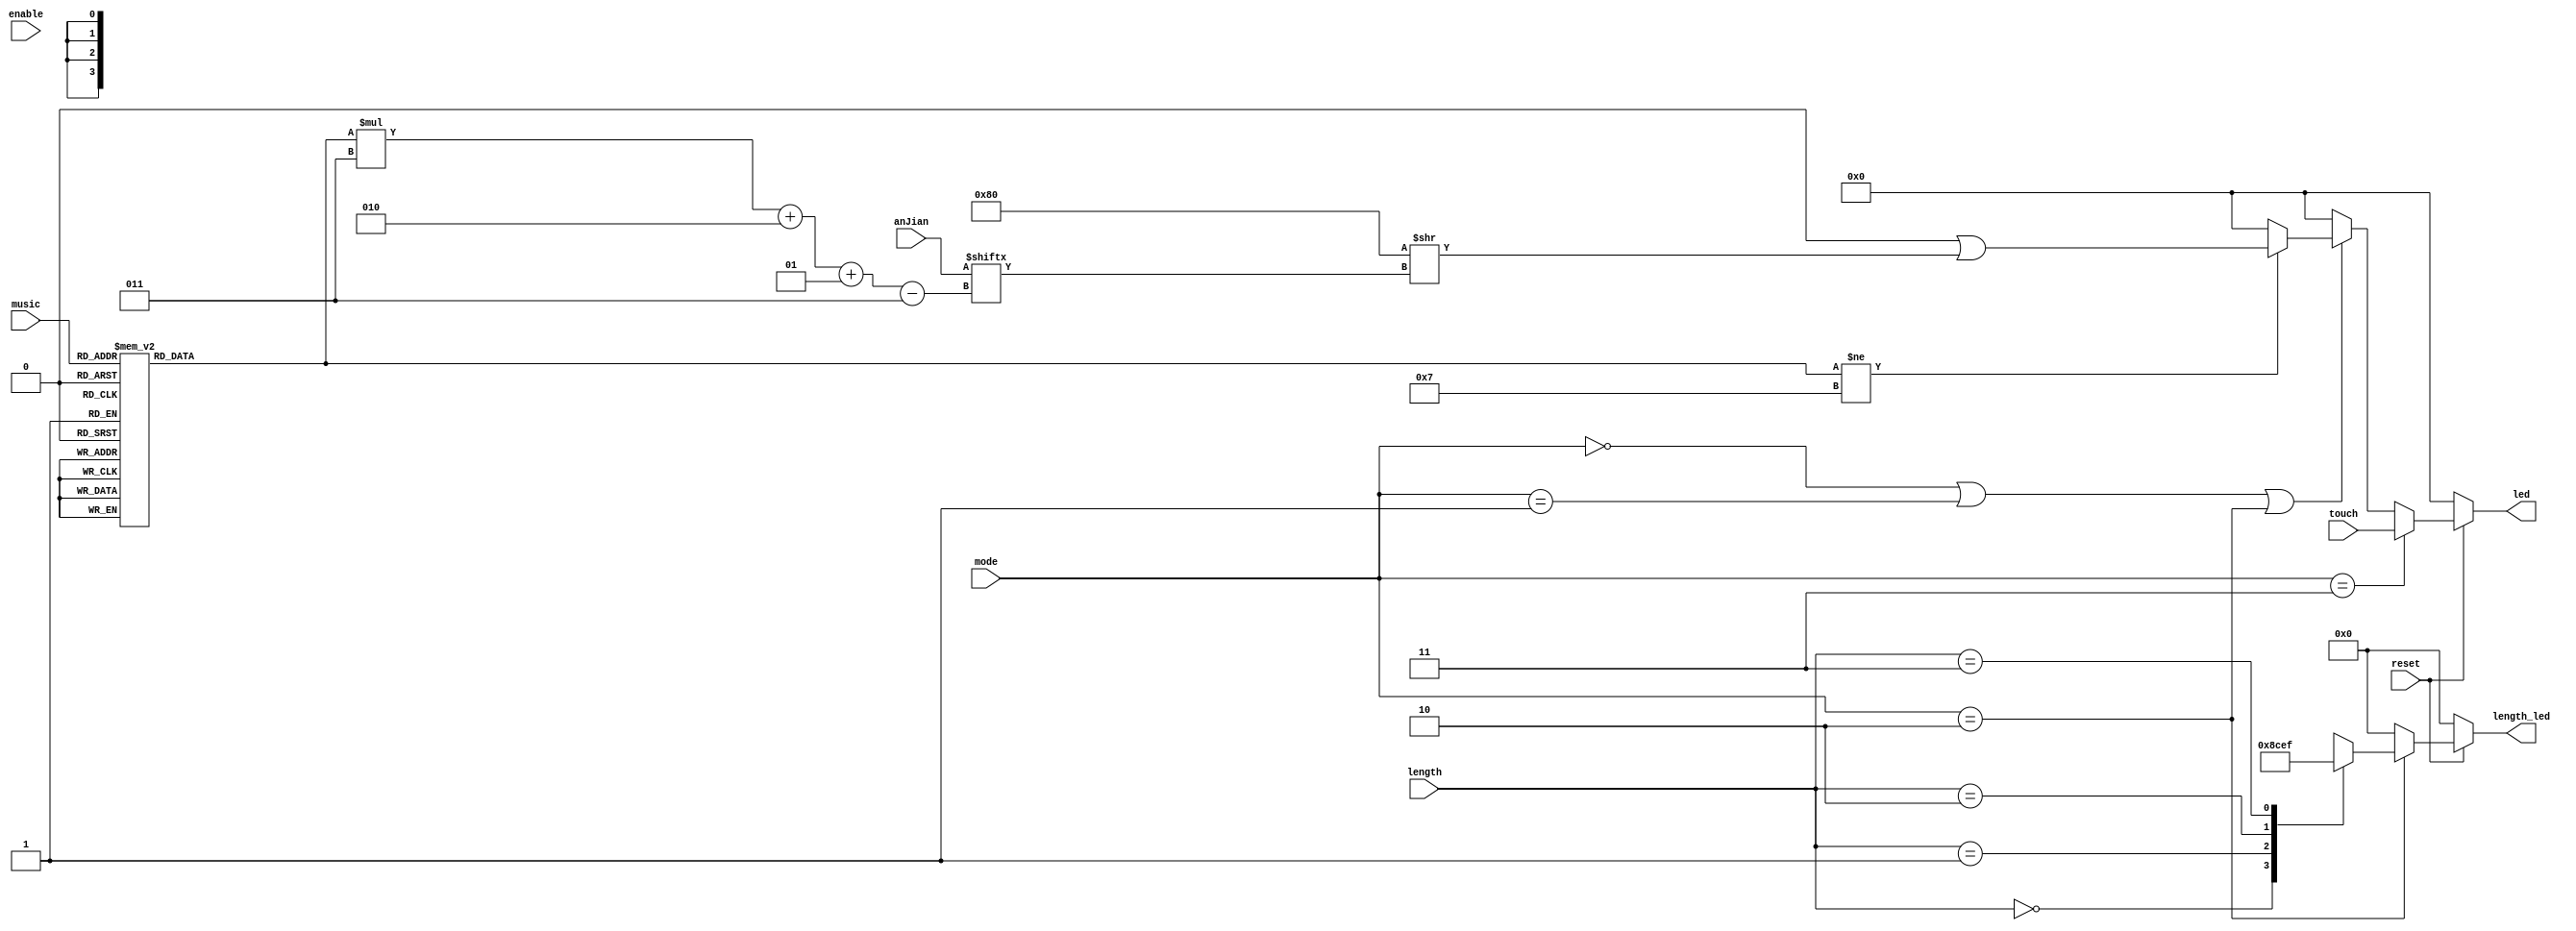
`timescale 1ns / 1ps
//////////////////////////////////////////////////////////////////////////////////
// Company: 
// Engineer: 
// 
// Design Name: 
// Module Name: Led
// Project Name: 
// Target Devices: 
// Tool Versions: 
// Description: 
// 
// Dependencies: 
// 
// Revision:
// Revision 0.01 - File Created
// Additional Comments:
// 
//////////////////////////////////////////////////////////////////////////////////


module Led(
input reset,enable,
input [1:0] length,
input [1:0] mode,
input [7:0] touch,
input [4:0] music,
input  [23:0] anJian,
output reg[7:0] led,
output reg [3:0]length_led
    );
    integer i = 0;
    integer k = 8;
   
    
    always @* begin
     if(!reset)
     begin
        led = 8'b00000000;
        i = 0;
        k = 8;
        length_led = 0;
        
     end
     else
     begin
        if(mode==2'b10) begin
        case(length)
          2'd0: length_led = 4'b1000;
          2'd1: length_led = 4'b1100;
          2'd2: length_led = 4'b1110;
          2'd3: length_led = 4'b1111;           
        default : length_led = 0;
            endcase
        end
        else begin
        length_led = 0;
        end
        //
        if(mode==2'b11)
        begin
    led = touch;
        end
        //
        else if(mode==2'b00||mode==2'b01||mode==2'b10)
        begin
        case(music)
               5'd0: k = 7;
                
                5'd1: k = 0;
                5'd2: k = 1;
                5'd3: k = 2;
                5'd4: k = 3;
                5'd5: k = 4;
                5'd6: k = 5;
                5'd7: k = 6;
                
                5'd8: k = 0;
                5'd9: k = 1;
                5'd10: k = 2;
                5'd11: k = 3;
                5'd12: k = 4;
                5'd13: k = 5;
                5'd14: k = 6;
                
                5'd15: k = 0;
                5'd16: k = 1;
                5'd17: k = 2;
                5'd18: k = 3;
                5'd19: k = 4;
                5'd20: k = 5;
                5'd21: k = 6;
                       
                       default : k = 7;
            endcase
            if(k!=7)
    led = 8'b0 | (128 >> (anJian[k * 3 +2 -: 3]));
    else 
    led = 8'b0;
    
        end
        else
        led = 8'b00000000;
     end
end
endmodule